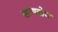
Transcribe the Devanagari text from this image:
सत्यबोध